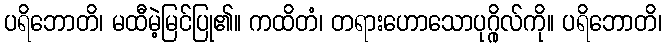
ပရိဘောတိ၊ မထီမဲ့မြင်ပြု၏။ ကထိတံ၊ တရားဟောသောပုဂ္ဂိုလ်ကို။ ပရိဘောတိ၊